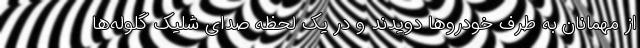
از مهمانان به طرف خودرو‌ها دویدند و در یک لحظه صدای شلیک گلوله‌ها